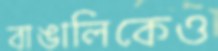
বাঙালিকেও